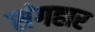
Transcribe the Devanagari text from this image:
संगहार